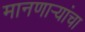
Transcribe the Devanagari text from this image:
मानणार्‍यांचा